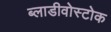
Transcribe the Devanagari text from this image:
ब्लाडीवोस्टोक